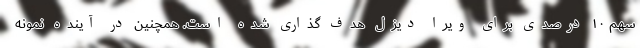
سهم ۱۰ درصدی برای ویرا دیزل هدف گذاری شده است. همچنین در آینده نمونه